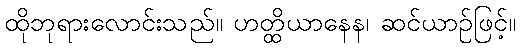
ထိုဘုရားလောင်းသည်။ ဟတ္ထိယာနေန၊ ဆင်ယာဉ်ဖြင့်။